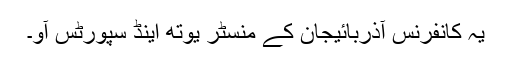
یہ کانفرنس آذربائیجان کے منسٹر یوتھ اینڈ سپورٹس آو۔